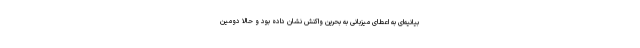
بیانیه‌ای به اعطای میزبانی به بحرین واکنش نشان داده بود و حالا دومین